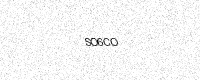
Text: SO6CO